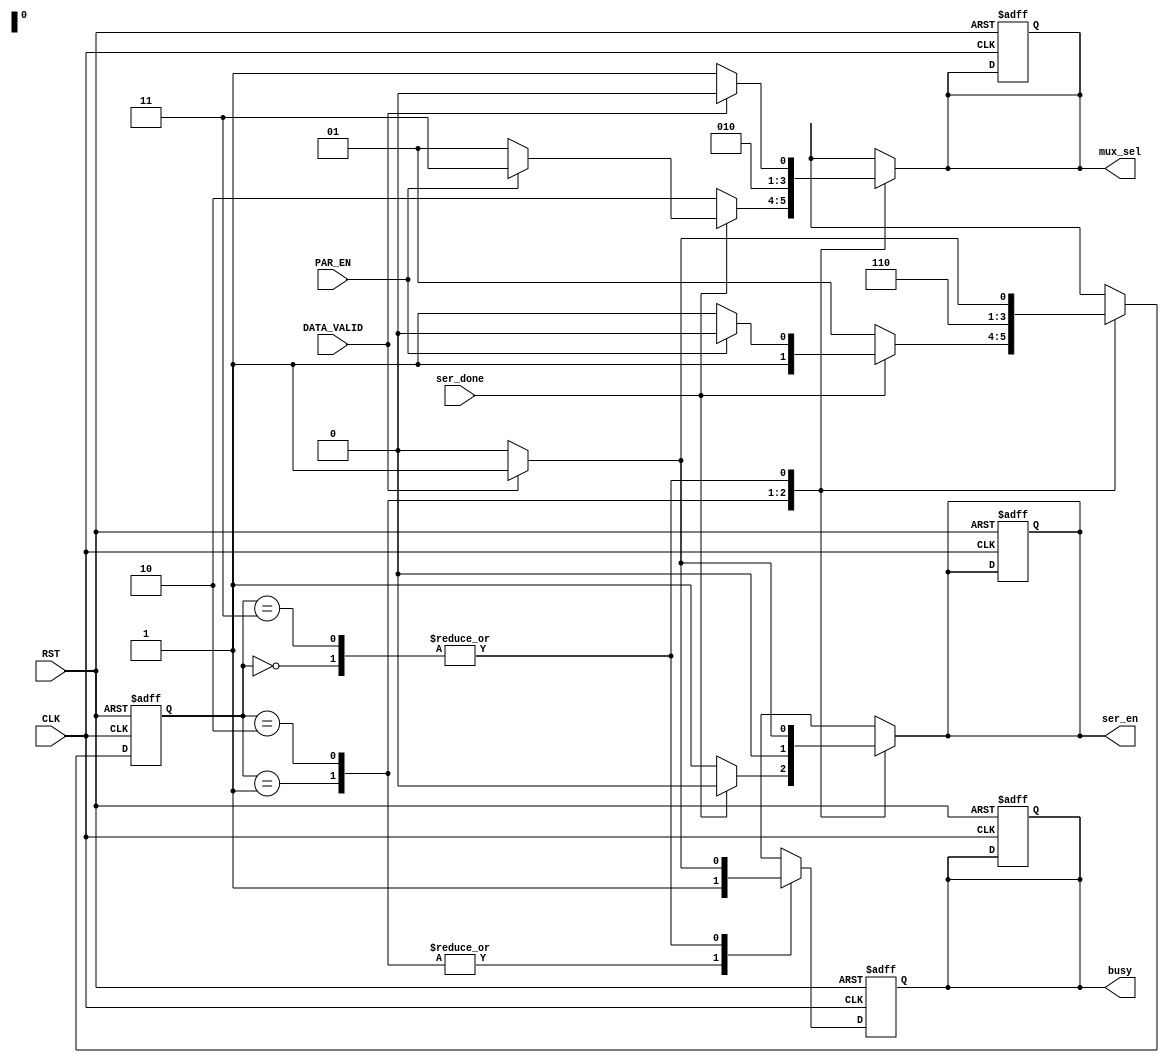
module FSM #(parameter Idle=2'b00 ,transm=2'b01 , par=2'b10, stop=2'b11) (
  input wire RST,
  input wire DATA_VALID,
  input wire ser_done,
  input wire CLK,
  input wire PAR_EN,
  output reg ser_en,
  output reg busy,
  output reg [1:0] mux_sel
  );
  reg [1:0] current_state;
  reg [1:0] next_state;
  reg busy_c;
always @ (posedge CLK or negedge  RST)
begin
  if (!RST)
    begin
      current_state <= Idle;
      busy <='b0;
      mux_sel <='d1;
      ser_en<='d1;
    end
    else
      begin
        current_state <= next_state;
     end
   end
   always @ (*)
   begin
    case (current_state)
          Idle:begin
            if(DATA_VALID )
              next_state=transm;
              else
                next_state=Idle;
            end
            
          transm:begin
            if(ser_done)
              if(PAR_EN)
              next_state=par;
              else
                next_state=stop;
                else
                next_state=transm;
            end
            
            par: begin
              next_state=stop;
              end
              
              stop: begin
                      if(DATA_VALID)
                        begin
                          next_state = transm;
                        end
                      else
                        begin
                         next_state = Idle ;
                        end
                  end 
              
            endcase
   end
   
   
always @ (*)
begin
        case (current_state)
          Idle:begin
            if(DATA_VALID)
              begin
              busy_c='b1;

              mux_sel='d0;
              ser_en='b1;
            end
              else
                begin
              busy_c='b0;
              mux_sel='d1;
              ser_en='b0;
            end
            end
            
          transm:begin
            if(ser_done)
              begin
              if(PAR_EN)
                begin
              busy_c='b1;
              mux_sel='d3;
              ser_en='b0;
            end
              else
                begin
                busy_c='b1;
              mux_sel='d1;
              ser_en='b0;
            end
          end
                else
                  begin
                busy_c='b1;
              mux_sel='d2;
              ser_en='b1;
            end
            end
            
            par: begin
              busy_c='b1;
              mux_sel='d1;
              ser_en='b0;
              end
              
              stop:  begin
                     if(DATA_VALID)
                       begin
                     mux_sel = 2'b00 ;
                     busy_c = 1'b1 ;
                     ser_en = 1'b1 ;
                       end
                     else
                       begin
                     mux_sel = 2'b01 ;
                     busy_c = 1'b0 ;
                     ser_en = 1'b0 ;
                       end
                    end 
            endcase
            
        end
        
            
always @ (posedge CLK or negedge RST)
 begin
  if(!RST)
   begin
    busy <= 1'b0 ;
   end
  else
   begin
    busy <= busy_c ;
   end
 end
endmodule